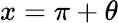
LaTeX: x=\pi+\theta